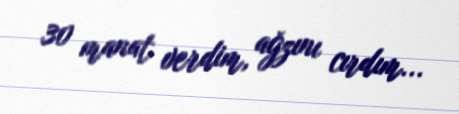
30 manat verdim, ağzını cırdım...